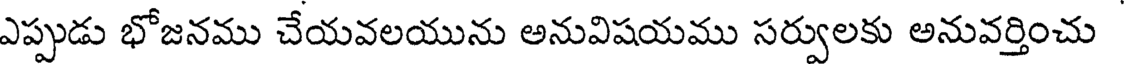
ఎప్పుడు భోజనము చేయవలయును అనువిషయము సర్వులకు అనువర్తించు